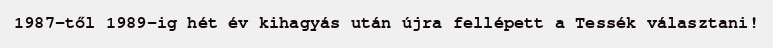
1987-től 1989-ig hét év kihagyás után újra fellépett a Tessék választani!